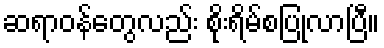
ဆရာဝန်တွေလည်း စိုးရိမ်စပြုလာပြီ။